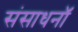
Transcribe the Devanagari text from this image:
संसाधनॉ